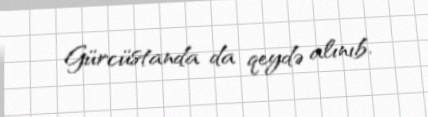
Gürcüstanda da qeydə alınıb.